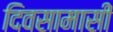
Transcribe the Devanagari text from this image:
दिवसामासी